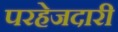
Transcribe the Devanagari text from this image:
परहेजदारी